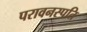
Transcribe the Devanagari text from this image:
परावनस्पति